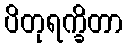
ပိတုရက္ခိတာ